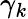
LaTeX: \gamma_{k}